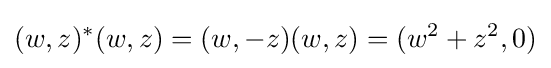
(w,z)^{*}(w,z)=(w,-z)(w,z)=(w^{2}+z^{2},0)